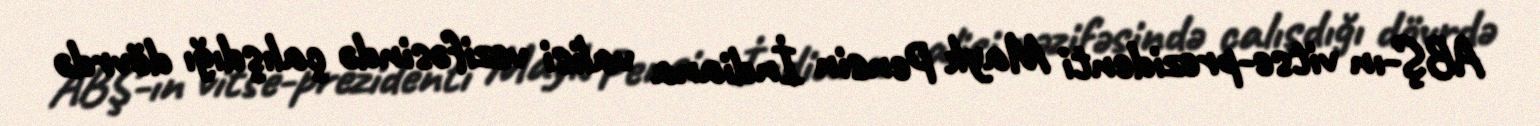
ABŞ-ın vitse-prezidenti Mayk Pensin İndiana valisi vəzifəsində çalışdığı dövrdə